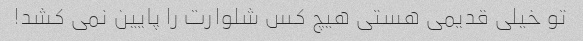
تو خیلی قدیمی هستی هیچ کس شلوارت را پایین نمی کشد!